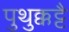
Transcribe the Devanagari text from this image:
पुथुक्कट्टै